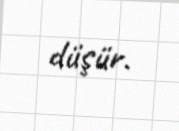
düşür.